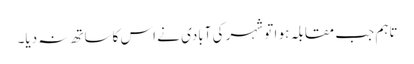
تاہم جب مقابلہ ہو ا تو شہر کی آبادی نے اس کاساتھ نہ دیا۔